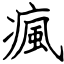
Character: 瘋